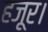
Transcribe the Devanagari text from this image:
हजूर।